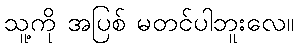
သူ့ကို အပြစ် မတင်ပါဘူးလေ။